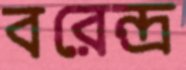
বরেন্দ্র